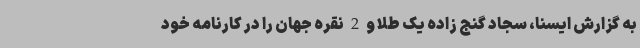
به گزارش ایسنا، سجاد گنج زاده یک طلا و 2 نقره جهان را در کارنامه خود